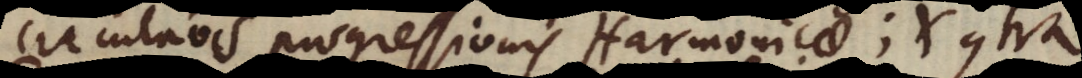
circulationis progressionis Harmonicae; et contra